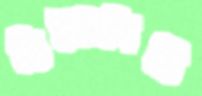
রিয়্যালিটি